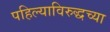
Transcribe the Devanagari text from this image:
पहिल्याविरुद्धच्या